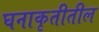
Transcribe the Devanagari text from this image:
घनाकृतीतील